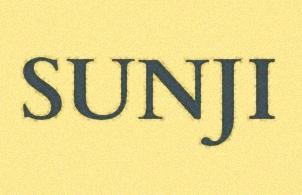
SUNJI